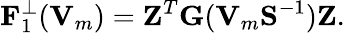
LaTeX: {\displaystyle{\mathbf F}_{1}^{\perp}({\mathbf V}_{m})={\mathbf Z}^{T}{\mathbf G}({\mathbf V}_{m}{\mathbf S}^{-1}){\mathbf Z}}.